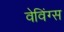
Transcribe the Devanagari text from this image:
वेविंग्स